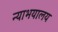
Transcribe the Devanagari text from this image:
न्याभयालय